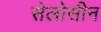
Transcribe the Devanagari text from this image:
सेलोसीन